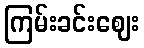
ကြမ်းခင်းဈေး